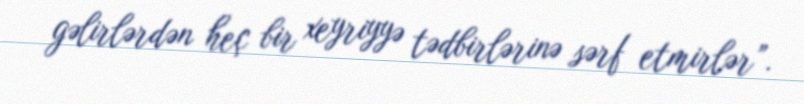
gəlirlərdən heç bir xeyriyyə tədbirlərinə sərf etmirlər”.